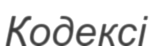
Кодексі